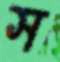
স